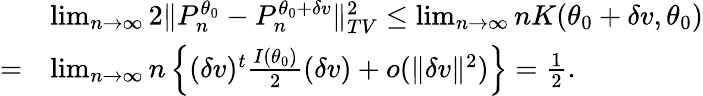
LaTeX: \begin{array}{rl}&{\operatorname*{lim}_{n\rightarrow\infty}2\Vert P_{n}^{\theta_{0}}-P_{n}^{\theta_{0}+\delta v}\Vert_{TV}^{2}\leq\operatorname*{lim}_{n\rightarrow\infty}nK(\theta_{0}+\delta v,\theta_{0})}\\ {=}&{\operatorname*{lim}_{n\rightarrow\infty}n\left\{ (\delta v)^{t}\frac{I(\theta_{0})}{2}(\delta v)+o(\Vert\delta v\Vert^{2})\right\} =\frac{1}{2}.}\end{array}